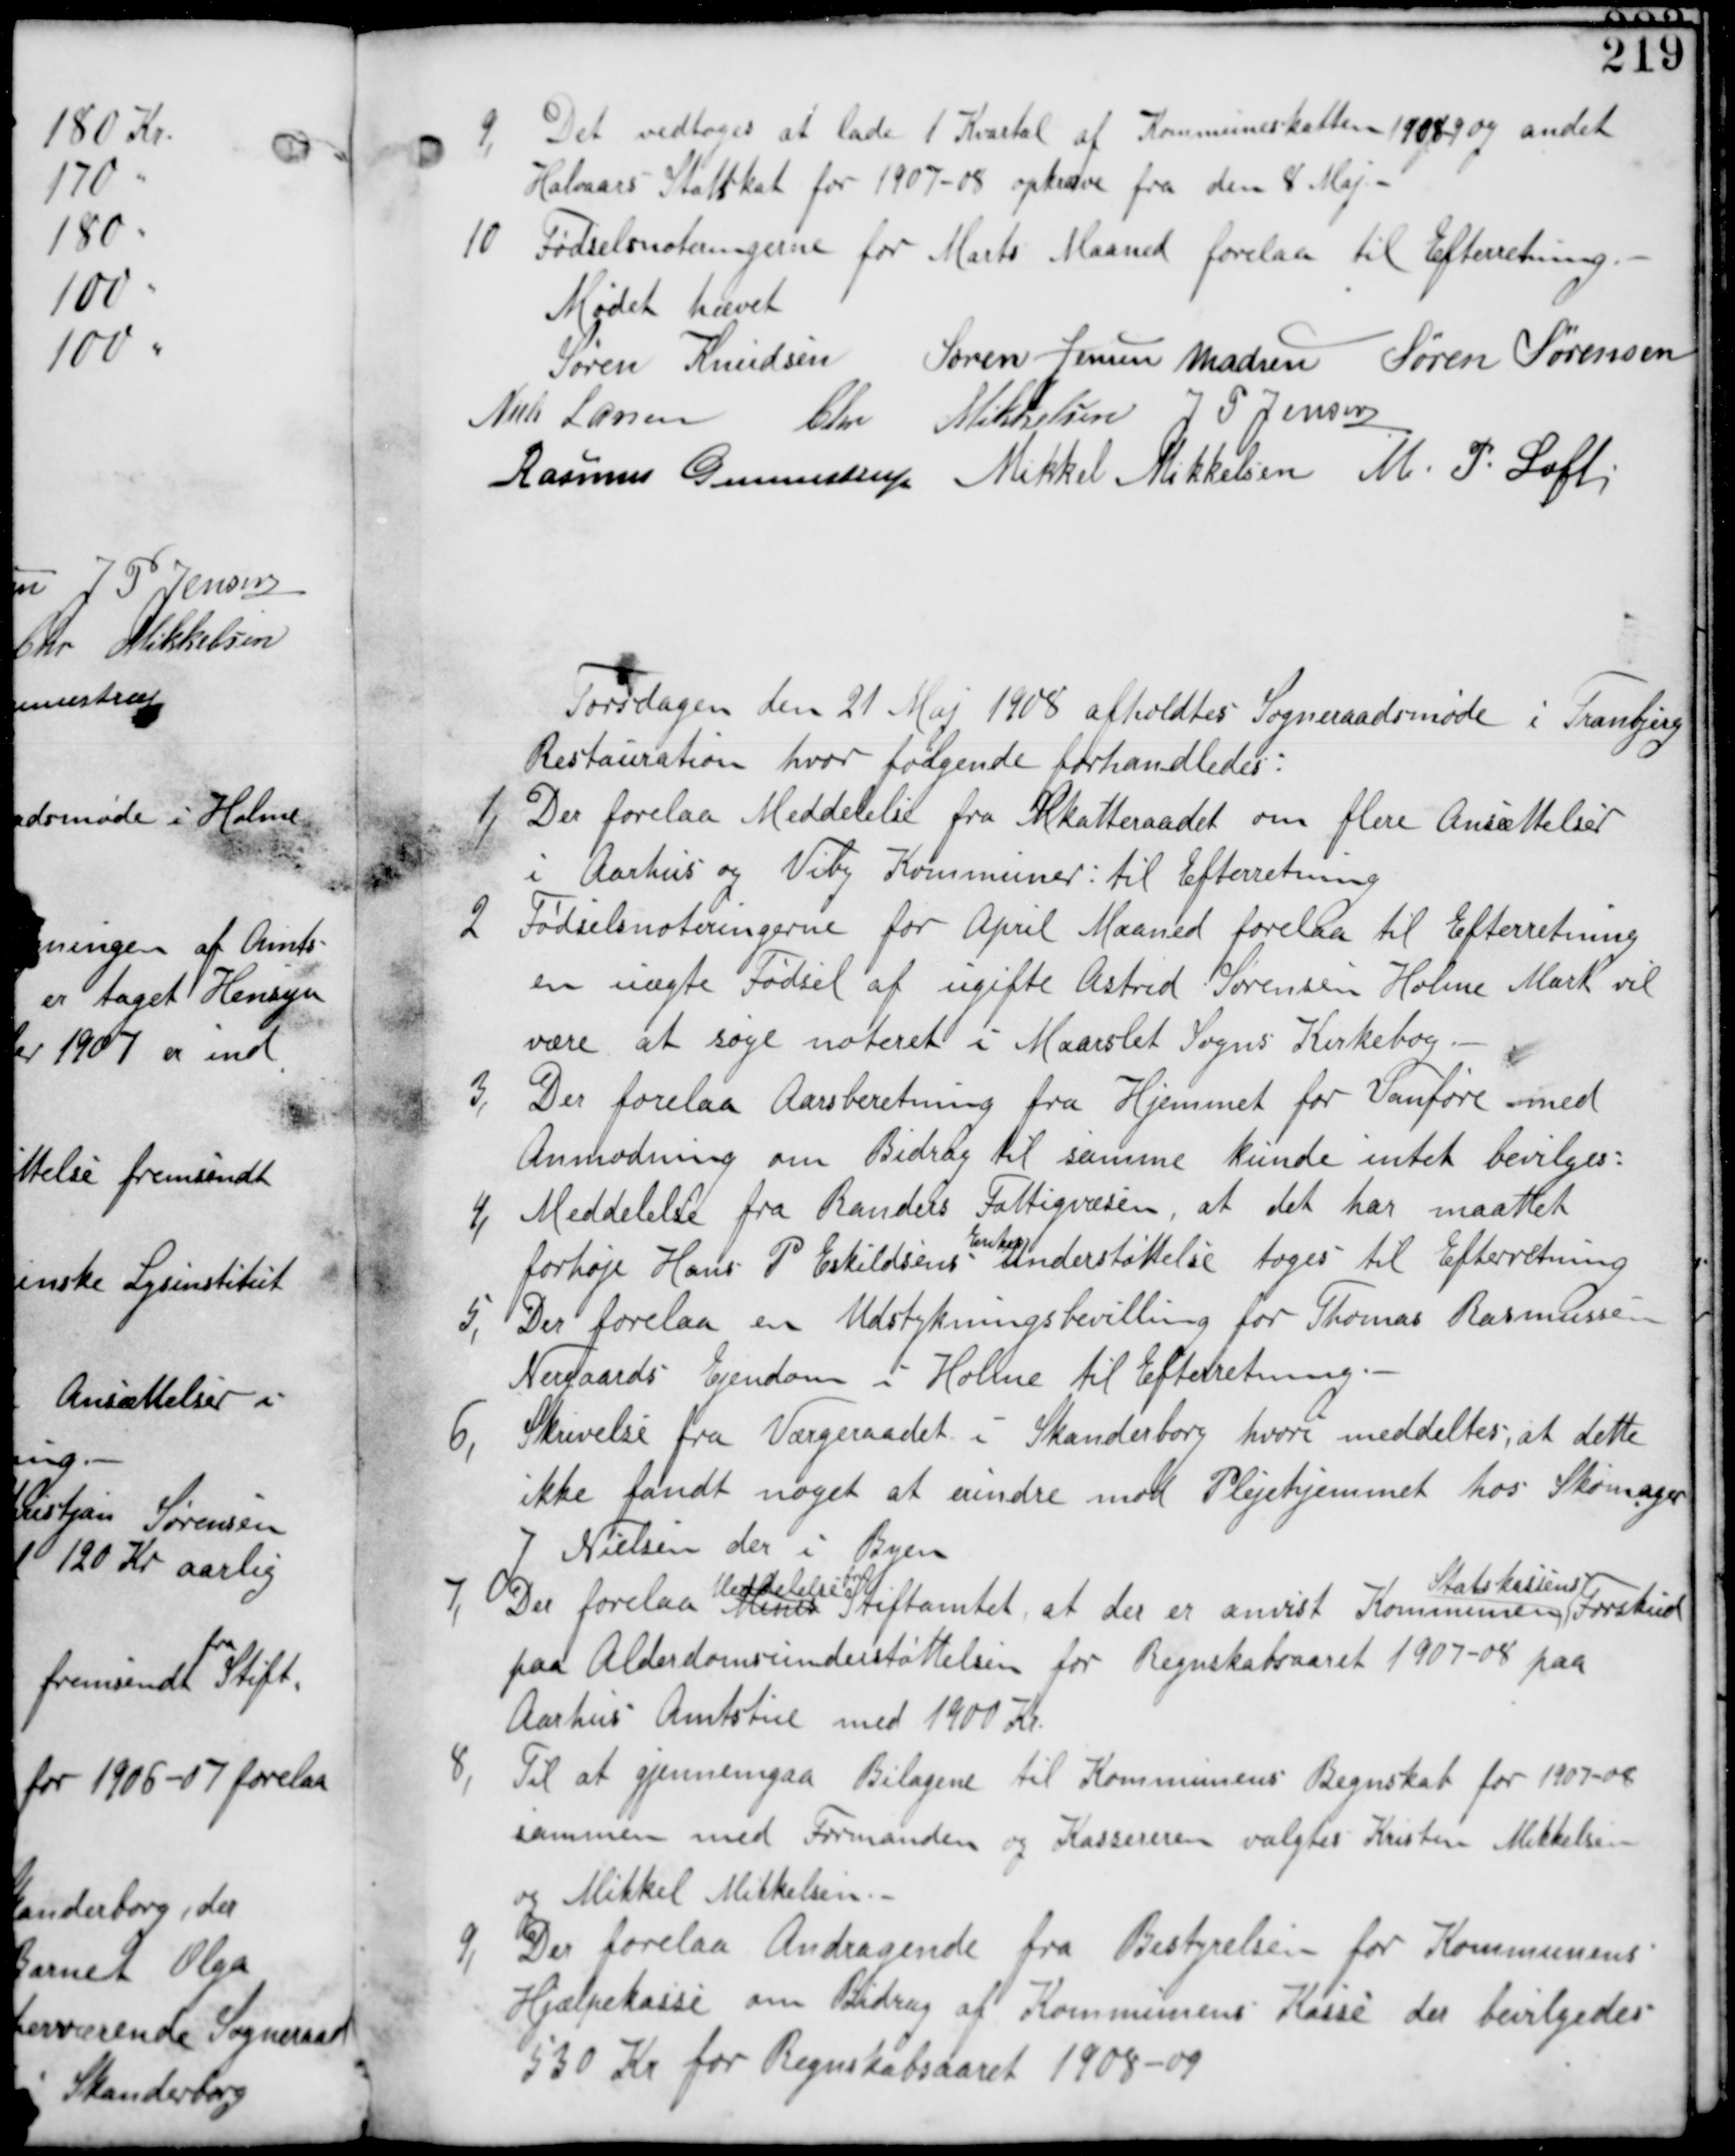
Transskription:
9,
Det vedtages at lade 1 Kvartal af Kommuneskatten 1908-09 og andet
Halvaars Statsskat for 1907-08 opkræve fra den 8 Maj-

10 Fødselsnoteringerne for Marts Maaned forelaa til Efterretning.-

Mødet hævet
Søren Knudsen Søren Jensen Madsen Søren Sørensen
Niels Lassen Chr Mikkelsen J P Jensen
Rasmus Gunnestrup Mikkel Mikkelsen M P Loft

Torsdagen de 21 Maj 1908 afholdtes Sogneraadsmøde i Tranbjerg
Restauration hvor følgende forhandledes:

1, Der forelaa Meddelelse fra Skatteraadet om flere Ansættelser
i Aarhus og Viby Kommuner: til Efterretning.

2 Fødselsnoteringerne for April Maaned forelaa til Efterretning
en uægte fødsel af ugifte Astrid Sørensen Holme Mark vil
være at søge noteret i Maarslet Sogns Kirkebog.

3, Der forelaa Aarsberetning fra Hjemmet for Vanføre med
Anmodniing om Bidrag til Samme kunde intet bevilges:

4, Meddelelse fra Randers Fattigvæsen, at det har maattet
forhøje Hans P Eskildsens
Enkes
Understøttelse tages til Efterretning.-

5, Der forelaa en Udstykningsbevilling for Thomas Rasmussen
Nergaards Ejendom i Holme til Efterretning

6,
Skrivelse fra Værgeraadet i Skanderborg hvori meddeltes; at dette
ikke fandt noget at erindre mod Plejehjemmet hos Skomager
J Nielsen der i byen.

7, Der forelaa ?
Meddelelse fra
Stiftamtet, at der er anvist Kommunen
Statskassens
Forskud
paa Alderdomsunderstøttelsen for Regnskabsaaret 1907-08 paa
Aarhus Amtstue med 1900 Kr.

8,
Til at gjennemgaa Bilagene til Kommunens Regnskab for 1907-08
sammen med Formanden og Kasseren valgtes Kristen Mikkelsen
og Mikkel Mikkelsen.

9,
Der forelaa Andragende fra Bestyrelsen for Kommunens
Hjælpekasse om Bidrag af Kommunens Kasse der bevilgedes
530 Kr for Regnskabsaaret 1908-09.